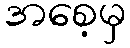
အစေ့မှ